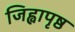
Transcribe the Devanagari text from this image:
जिह्वापृष्ठ